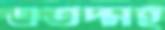
এতদ্সহ